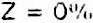
Z = 0%